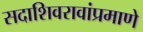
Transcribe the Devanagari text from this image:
सदाशिवरावांप्रमाणेे